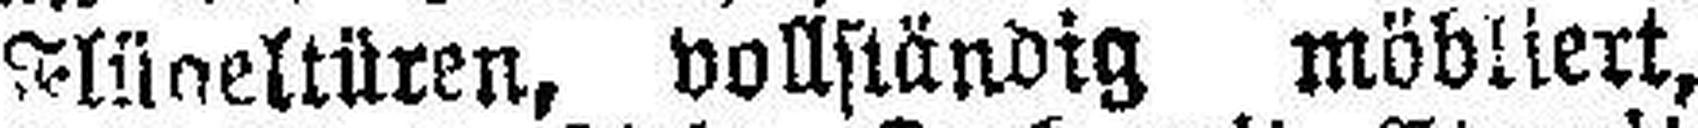
Flügeltüren, vollständig möbliert,